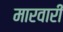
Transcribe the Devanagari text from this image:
मारवारी